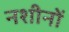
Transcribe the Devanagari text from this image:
नशीनों